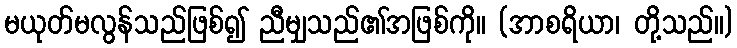
မယုတ်မလွန်သည်ဖြစ်၍ ညီမျှသည်၏အဖြစ်ကို။ (အာစရိယာ၊ တို့သည်။)